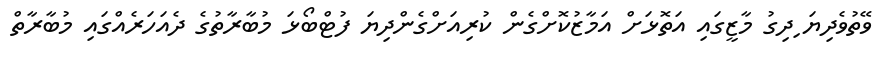
ވޭތުވެދިޔަ ިދިގު މާޒީގައި އަތޮޅަށް އަމާޒުކޮށްގެން ކުރިއަށްގެންދިޔަ ފުޓްބޯޅަ މުބާރާތުގެ ދެއަހަރެއްގައި މުބާރާތް